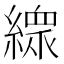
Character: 𱺇